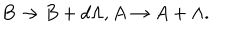
LaTeX: B \rightarrow B + d \Lambda , A \rightarrow A + \Lambda .